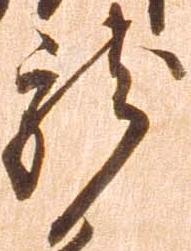
龍